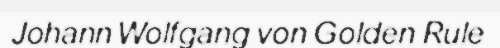
Johann Wolfgang von Golden Rule